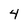
Character: 4